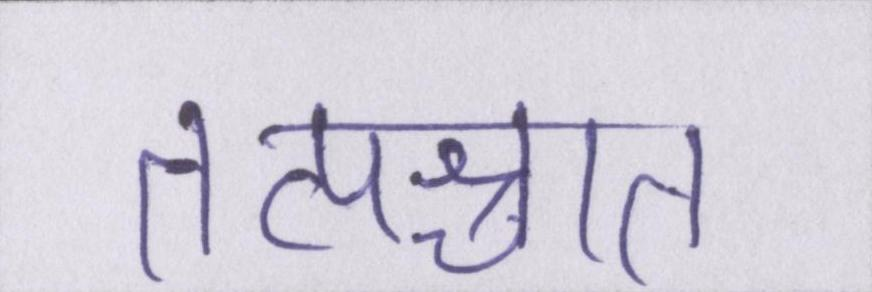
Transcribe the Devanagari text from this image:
तत्पश्चात